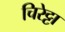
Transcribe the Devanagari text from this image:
चिरेट्टा